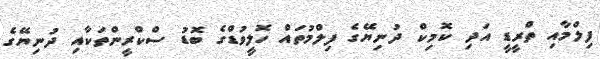
ފިލްމާއި ތްރީޑީ އަދި ކޮމިކް ދުނިޔޭގެ ފިލްމުތައް ހޮލީވުޑްގެ ބޮޑު ސްކްރީންތަކާއި ދުނިޔޭގެ